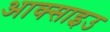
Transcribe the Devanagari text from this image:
आक्साइउ